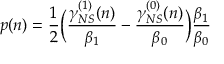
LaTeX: p ( n ) = \frac { 1 } { 2 } \bigg ( \frac { \gamma _ { N S } ^ { ( 1 ) } ( n ) } { \beta _ { 1 } } - \frac { \gamma _ { N S } ^ { ( 0 ) } ( n ) } { \beta _ { 0 } } \bigg ) \frac { \beta _ { 1 } } { \beta _ { 0 } }